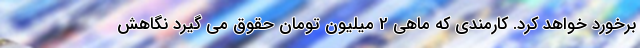
برخورد خواهد کرد. کارمندی که ماهی 2 میلیون تومان حقوق می گیرد نگاهش